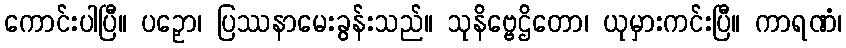
ကောင်းပါပြီ။ ပဉှော၊ ပြဿနာမေးခွန်းသည်။ သုနိဗ္ဗေဌိတော၊ ယုမှားကင်းပြီ။ ကာရဏံ၊